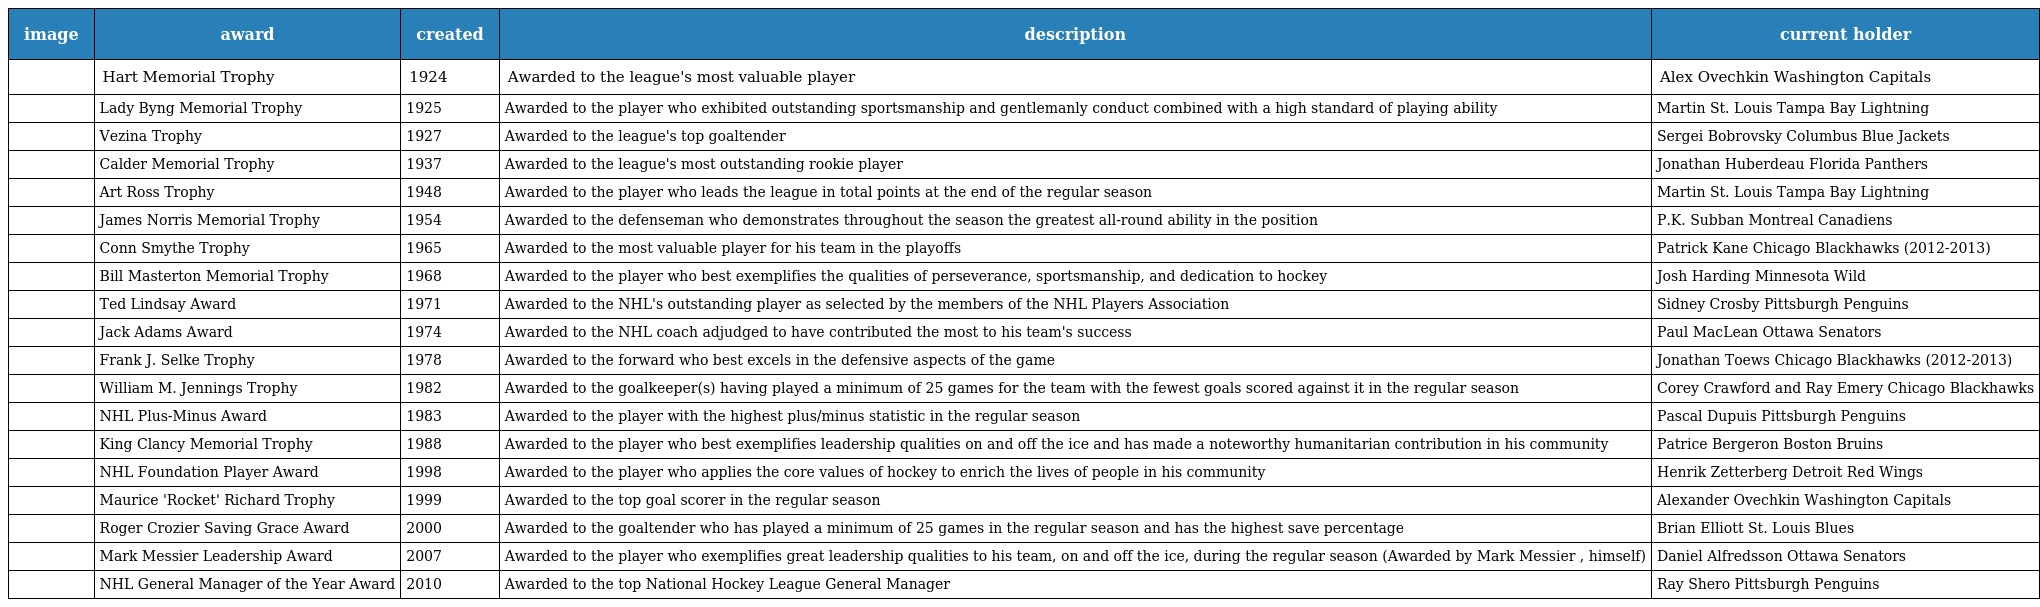
| image | award | created | description | current holder |
 | --- | --- | --- | --- | --- |
 |  | Hart Memorial Trophy | 1924 | Awarded to the league's most valuable player | Alex Ovechkin Washington Capitals |
 |  | Lady Byng Memorial Trophy | 1925 | Awarded to the player who exhibited outstanding sportsmanship and gentlemanly conduct combined with a high standard of playing ability | Martin St. Louis Tampa Bay Lightning |
 |  | Vezina Trophy | 1927 | Awarded to the league's top goaltender | Sergei Bobrovsky Columbus Blue Jackets |
 |  | Calder Memorial Trophy | 1937 | Awarded to the league's most outstanding rookie player | Jonathan Huberdeau Florida Panthers |
 |  | Art Ross Trophy | 1948 | Awarded to the player who leads the league in total points at the end of the regular season | Martin St. Louis Tampa Bay Lightning |
 |  | James Norris Memorial Trophy | 1954 | Awarded to the defenseman who demonstrates throughout the season the greatest all-round ability in the position | P.K. Subban Montreal Canadiens |
 |  | Conn Smythe Trophy | 1965 | Awarded to the most valuable player for his team in the playoffs | Patrick Kane Chicago Blackhawks (2012-2013) |
 |  | Bill Masterton Memorial Trophy | 1968 | Awarded to the player who best exemplifies the qualities of perseverance, sportsmanship, and dedication to hockey | Josh Harding Minnesota Wild |
 |  | Ted Lindsay Award | 1971 | Awarded to the NHL's outstanding player as selected by the members of the NHL Players Association | Sidney Crosby Pittsburgh Penguins |
 |  | Jack Adams Award | 1974 | Awarded to the NHL coach adjudged to have contributed the most to his team's success | Paul MacLean Ottawa Senators |
 |  | Frank J. Selke Trophy | 1978 | Awarded to the forward who best excels in the defensive aspects of the game | Jonathan Toews Chicago Blackhawks (2012-2013) |
 |  | William M. Jennings Trophy | 1982 | Awarded to the goalkeeper(s) having played a minimum of 25 games for the team with the fewest goals scored against it in the regular season | Corey Crawford and Ray Emery Chicago Blackhawks |
 |  | NHL Plus-Minus Award | 1983 | Awarded to the player with the highest plus/minus statistic in the regular season | Pascal Dupuis Pittsburgh Penguins |
 |  | King Clancy Memorial Trophy | 1988 | Awarded to the player who best exemplifies leadership qualities on and off the ice and has made a noteworthy humanitarian contribution in his community | Patrice Bergeron Boston Bruins |
 |  | NHL Foundation Player Award | 1998 | Awarded to the player who applies the core values of hockey to enrich the lives of people in his community | Henrik Zetterberg Detroit Red Wings |
 |  | Maurice 'Rocket' Richard Trophy | 1999 | Awarded to the top goal scorer in the regular season | Alexander Ovechkin Washington Capitals |
 |  | Roger Crozier Saving Grace Award | 2000 | Awarded to the goaltender who has played a minimum of 25 games in the regular season and has the highest save percentage | Brian Elliott St. Louis Blues |
 |  | Mark Messier Leadership Award | 2007 | Awarded to the player who exemplifies great leadership qualities to his team, on and off the ice, during the regular season (Awarded by Mark Messier , himself) | Daniel Alfredsson Ottawa Senators |
 |  | NHL General Manager of the Year Award | 2010 | Awarded to the top National Hockey League General Manager | Ray Shero Pittsburgh Penguins |